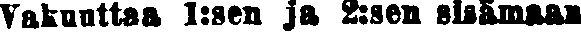
Vakuuttaa 1:sen ja 2:sen sisämaan